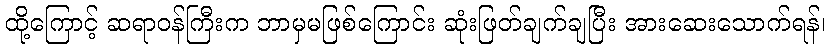
ထို့ကြောင့် ဆရာဝန်ကြီးက ဘာမှမဖြစ်ကြောင်း ဆုံးဖြတ်ချက်ချပြီး အားဆေးသောက်ရန်၊